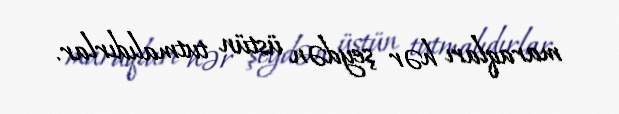
maraqları hər şeydən üstün tutmalıdırlar.